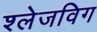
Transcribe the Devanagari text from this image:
श्लेजविग